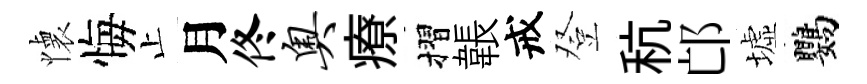
懐悔止月佟奥療摺韔戒登秔邙墟鸚